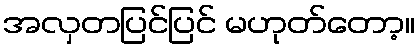
အလှတပြင်ပြင် မဟုတ်တော့။